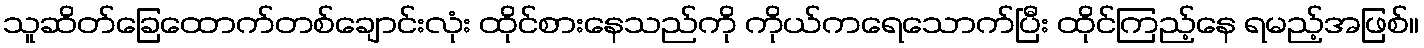
သူဆိတ်ခြေထောက်တစ်ချောင်းလုံး ထိုင်စားနေသည်ကို ကိုယ်ကရေသောက်ပြီး ထိုင်ကြည့်နေ ရမည့်အဖြစ်။